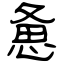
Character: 惫